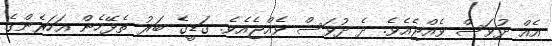
އެއް ދުވަސް ވެއްޖެއެވެ. ދެ ދުވަސް ވެއްޖެއެވެ. ގަޑީގެ ބަރު ތެޅޭހެން އަހަރެންގެ